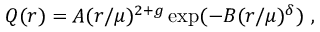
Q ( r ) = A ( r / \mu ) ^ { 2 + g } \exp ( - B ( r / \mu ) ^ { \delta } ) ~ ,